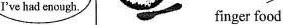
I've had enough finger food